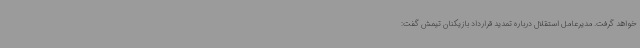
خواهد گرفت. مدیرعامل استقلال درباره تمدید قرارداد بازیکنان تیمش گفت: